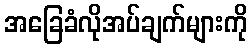
အခြေခံလိုအပ်ချက်များကို